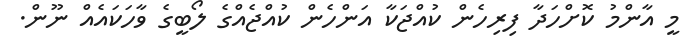
މީ އާންމު ކޮށްހަދާ ފިރިހެން ކުއްޖަކާ އަންހެން ކުއްޖެއްގެ ލޯބީގެ ވާހަކައެއް ނޫން.